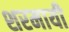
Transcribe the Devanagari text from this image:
शरमायी